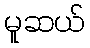
မူဆယ်